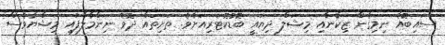
ސައިބޮއެ ނިމިގެން ޒިކާނާއި މިޝަލް ދިޔައީ ބޮޑުކޮޓަރިއަށެވެ. ތަށިތައް ދޮވެ ނިންމާލާފައި މިޝްޔާވެސް